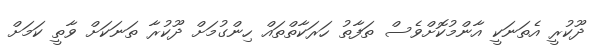
ދޫކުރީ އެތަނަކީ އާންމުކޮށްވެސް ތަފާތު ހަރަކާތްތައް ހިންގުމަށް ދޫކުރާ ތަނަކަށް ވާތީ ކަމަށް